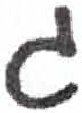
אות: ג